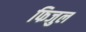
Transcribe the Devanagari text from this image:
फिजुल